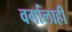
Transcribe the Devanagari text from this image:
वर्गालाही